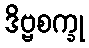
ဒိဗ္ဗစက္ခု